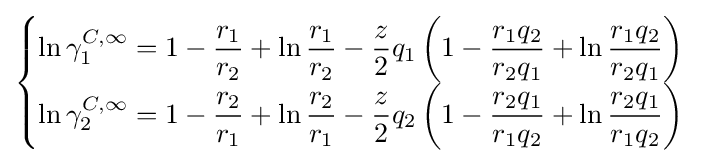
{\begin{cases}\ln \gamma _{1}^{C,\infty }=1-{\dfrac {r_{1}}{r_{2}}}+\ln {\dfrac {r_{1}}{r_{2}}}-{\dfrac {z}{2}}q_{1}\left(1-{\dfrac {r_{1}q_{2}}{r_{2}q_{1}}}+\ln {\dfrac {r_{1}q_{2}}{r_{2}q_{1}}}\right)\\\ln \gamma _{2}^{C,\infty }=1-{\dfrac {r_{2}}{r_{1}}}+\ln {\dfrac {r_{2}}{r_{1}}}-{\dfrac {z}{2}}q_{2}\left(1-{\dfrac {r_{2}q_{1}}{r_{1}q_{2}}}+\ln {\dfrac {r_{2}q_{1}}{r_{1}q_{2}}}\right)\end{cases}}